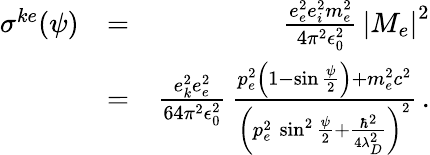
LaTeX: \begin{array}{rlr}{\sigma^{ke}(\psi)}&{=}&{\frac{e_{e}^{2}e_{i}^{2}m_{e}^{2}}{4\pi^{2}\epsilon_{0}^{2}}\, \left|M_{e}\right|^{2}}\\ &{=}&{\frac{e_{k}^{2}e_{e}^{2}}{64\pi^{2}\epsilon_{0}^{2}}\, \frac{p_{e}^{2}\left(1-\sin\frac{\psi}{2}\right)+m_{e}^{2}c^{2}}{\left(p_{e}^{2}\, \sin^{2}\frac{\psi}{2}+\frac{\hbar^{2}}{4\lambda_{D}^{2}}\right)^{2}}\, .}\end{array}